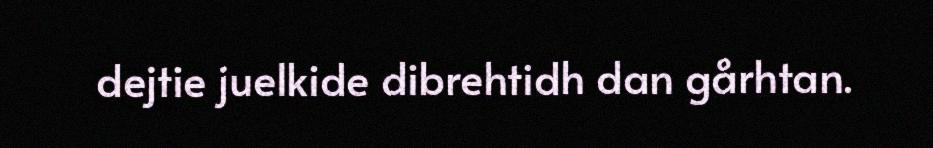
dejtie juelkide dibrehtidh dan gårhtan.